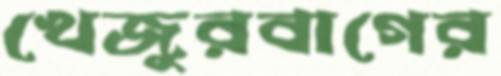
খেজুরবাগের